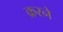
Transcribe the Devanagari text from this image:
क्ररने